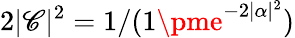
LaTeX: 2|\mathscr{C}|^{2}=1/(1\pme^{-2|\alpha|^{2}})